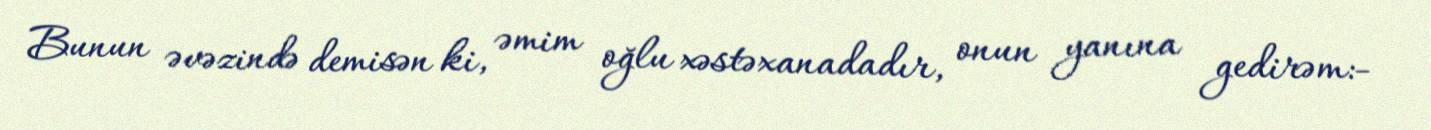
Bunun əvəzində demisən ki, əmim oğlu xəstəxanadadır, onun yanına gedirəm:-